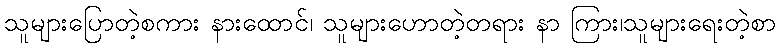
သူများပြောတဲ့စကား နားထောင်၊ သူများဟောတဲ့တရား နာ ကြား၊သူများရေးတဲ့စာ